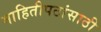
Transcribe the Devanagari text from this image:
माहितीपटांसाठी